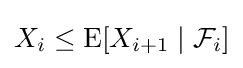
X_{i}\leq \operatorname {E} [X_{i+1}\mid {\mathcal {F}}_{i}]